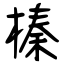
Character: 榛